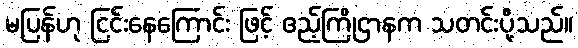
မပြန်ဟု ငြင်းနေကြောင်း ဖြင့် ဧည့်ကြိုဌာနက သတင်းပို့သည်။